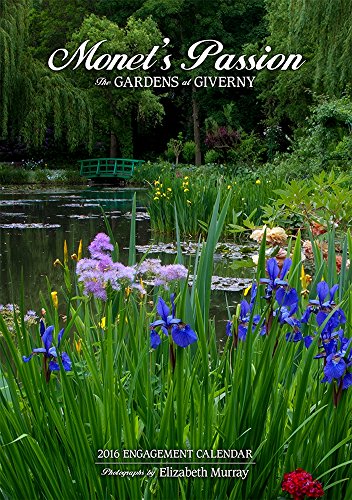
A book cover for Monets Passion/The Gardens at Giverny 2016 Calendar; Elizabeth Murray; Calendars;